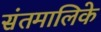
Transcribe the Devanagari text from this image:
संतमालिके